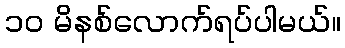
၁၀ မိနစ်လောက်ရပ်ပါမယ်။